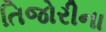
તિજોરીના